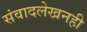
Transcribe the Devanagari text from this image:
संवादलेखनही